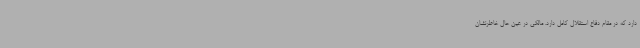
دارد که در مقام دفاع استقلال کامل دارد. مالکی در عین حال خاطرنشان